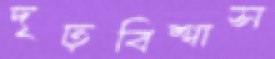
দৃঢ়বিশ্বাস